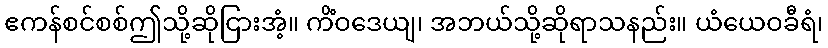
ဧကန်စင်စစ်ဤသို့ဆိုငြားအံ့။ ကိံဝဒေယျ၊ အဘယ်သို့ဆိုရာသနည်း။ ယံယေဝခီရံ၊